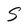
Character: S